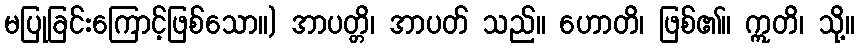
မပြုခြင်းကြောင့်ဖြစ်သော။) အာပတ္တိ၊ အာပတ် သည်။ ဟောတိ၊ ဖြစ်၏။ ဣတိ၊ သို့။